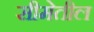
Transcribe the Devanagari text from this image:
सीमेतील